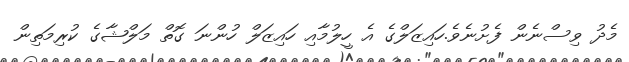
މެދު ވިސްނެން ފެށުނެވެ.ހައިޒަލްގެ އެ ހީލުމާއި ހައިޒަލް ހުންނަ ގޮތް މަލްޝާގެ ކުރިމަތިން